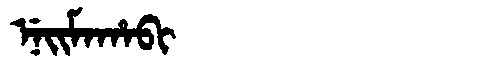
Manchu: ᠨᡝᡳᠮᠠᡥᠠᠪᡳ
Romanization: NEIMAHABI